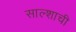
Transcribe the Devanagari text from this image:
साल्शाची